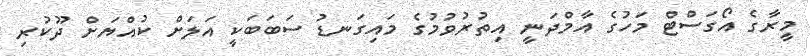
މީރާގެ އޯގަސްޓް މަހުގެ އާމްދަނީ އިތުރުވުމުގެ މައިގަނޑު ސަބަބަކީ އަލަށް ކުއްޔަށް ދޫކުރި